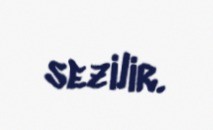
sezilir.